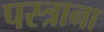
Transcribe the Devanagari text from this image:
पस्त्राना